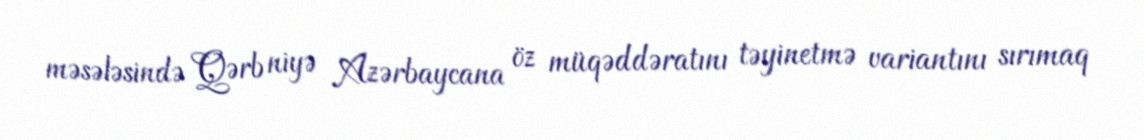
məsələsində Qərb niyə Azərbaycana öz müqəddəratını təyinetmə variantını sırımaq